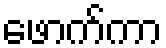
ဖောက်ကာ